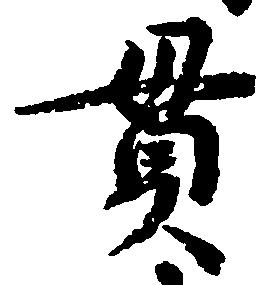
貫